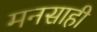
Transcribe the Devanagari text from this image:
मनसाही